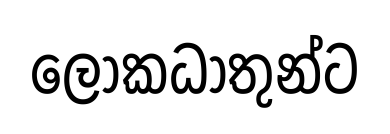
ලෝකධාතුන්ට